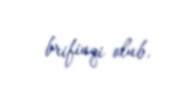
brifinqi olub.